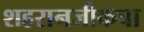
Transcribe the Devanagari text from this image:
शहरानजीकचा